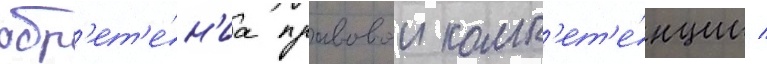
обр'ет'е́н'иа правовои комп'ет'е́нции /